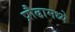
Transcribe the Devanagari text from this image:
प्रौढामध्ये